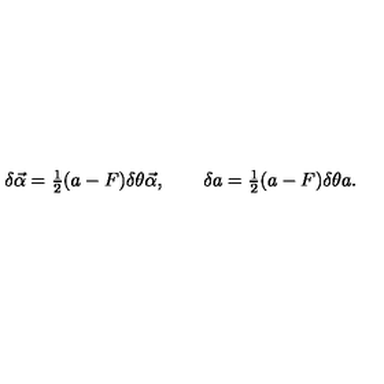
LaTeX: \delta \vec { \alpha } = { \textstyle \frac 1 2 } ( a - F ) \delta \theta \vec { \alpha } , \qquad \delta a = { \textstyle \frac 1 2 } ( a - F ) \delta \theta a .